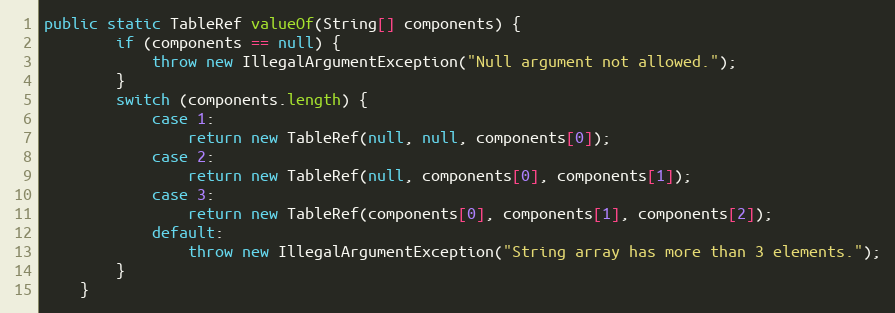
Language: Java
public static TableRef valueOf(String[] components) {
        if (components == null) {
            throw new IllegalArgumentException("Null argument not allowed.");
        }
        switch (components.length) {
            case 1:
                return new TableRef(null, null, components[0]);
            case 2:
                return new TableRef(null, components[0], components[1]);
            case 3:
                return new TableRef(components[0], components[1], components[2]);
            default:
                throw new IllegalArgumentException("String array has more than 3 elements.");
        }
    }